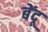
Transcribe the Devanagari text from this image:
बेंदू